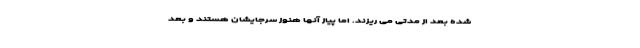
شده بعد از مدتی می ریزند. اما پیاز آنها هنوز سرجایشان هستند و بعد